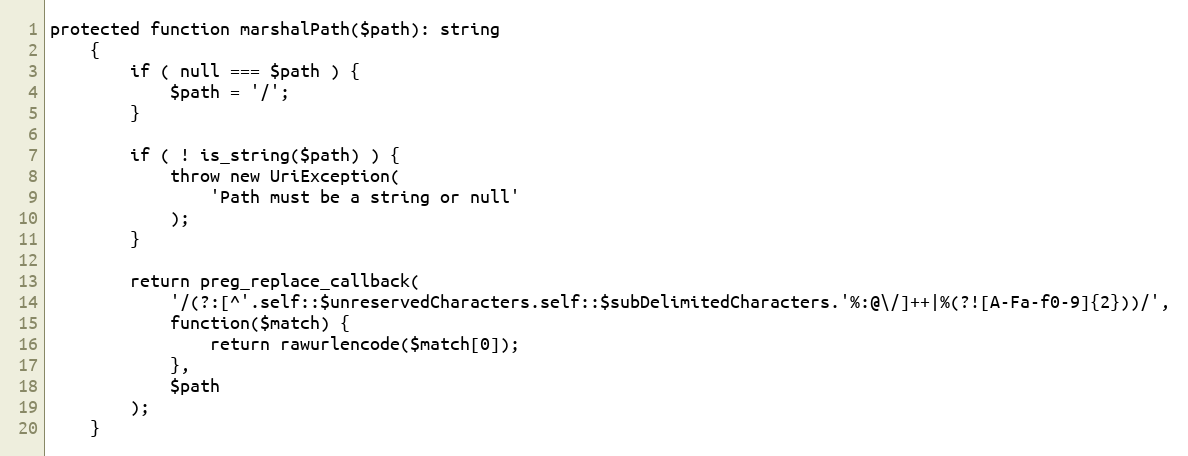
Language: PHP
protected function marshalPath($path): string
    {
        if ( null === $path ) {
            $path = '/';
        }

        if ( ! is_string($path) ) {
            throw new UriException(
                'Path must be a string or null'
            );
        }

        return preg_replace_callback(
            '/(?:[^'.self::$unreservedCharacters.self::$subDelimitedCharacters.'%:@\/]++|%(?![A-Fa-f0-9]{2}))/',
            function($match) {
                return rawurlencode($match[0]);
            },
            $path
        );
    }